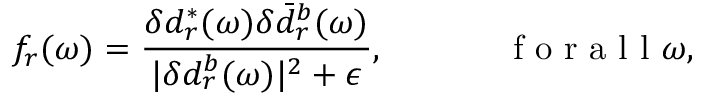
f _ { r } ( \omega ) = \frac { \delta d _ { r } ^ { * } ( \omega ) \delta \bar { d } _ { { r } } ^ { b } ( \omega ) } { | \delta d _ { { r } } ^ { b } ( \omega ) | ^ { 2 } + \epsilon } , \mathrm { ~ ~ ~ ~ ~ ~ ~ ~ ~ ~ ~ f ~ o ~ r ~ a ~ l ~ l ~ } \omega ,